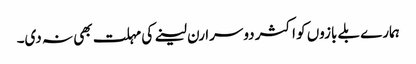
ہمارے بلے بازوں کو اکثر دوسرا رن لینے کی مہلت بھی نہ دی۔